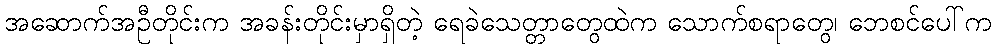
အဆောက်အဦတိုင်းက အခန်းတိုင်းမှာရှိတဲ့ ရေခဲသေတ္တာတွေထဲက သောက်စရာတွေ၊ ဘေစင်ပေါ်က